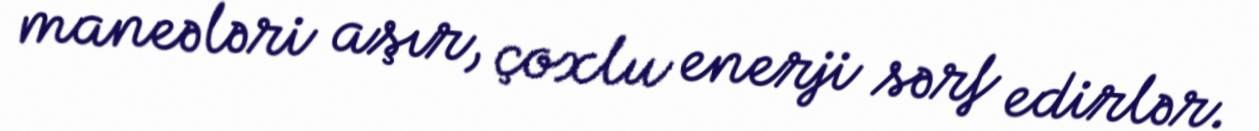
maneələri aşır, çoxlu enerji sərf edirlər.